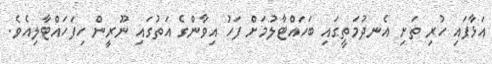
އަޅާފައި ހުރި ތަށި އެނދުމަތީގައި ބަހައްޓާލުމަށް ފަހު އިވާންގެ އަތުގައި ނޫރީން ހިފަހައްޓާލިއެވެ.